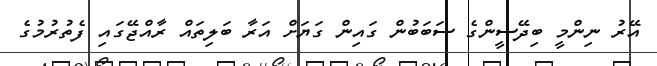
އޭރު ނިންމީ ބިދޭސީންގެ ސަބަބުން ގައިން ގަޔަށް އަރާ ބަލިތައް ރާއްޖޭގައި ފެތުރުމުގެ